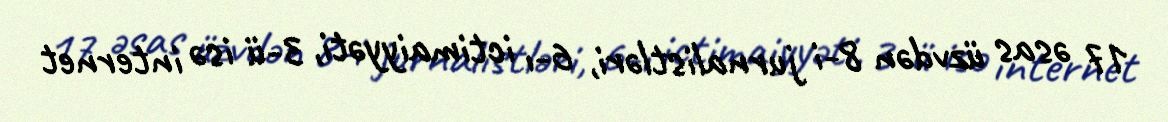
17 əsas üzvdən 8-i jurnalistləri, 6-ı ictimaiyyəti, 3-ü isə internet